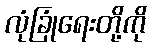
လုံခြုံရေးတို့ကို